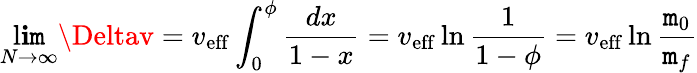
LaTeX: \operatorname*{l\mathbf{i}\mathtt{m}}_{N\to\infty}\Deltav=v_{\mathrm{{{eff}}}}\int_{0}^{\phi}{\frac{{dx}}{{1-x}}}=v_{\mathrm{{{eff}}}}\ln{\frac{{1}}{{1-\phi}}}=v_{\mathrm{{{eff}}}}\ln{\frac{{\mathtt{m}_{0}}}{{\mathtt{m}_{f}}}}